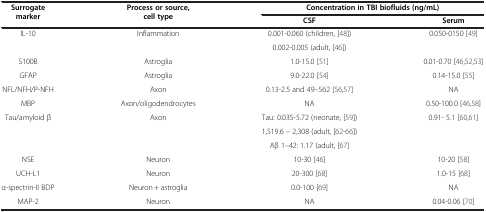
<table><thead><tr><td rowspan="2"><b>Surrogate marker</b></td><td rowspan="2"><b>Process or source, cell type</b></td><td colspan="2"><b>Concentration in TBI biofluids (ng/mL)</b></td></tr><tr><td><b>CSF</b></td><td><b>Serum</b></td></tr></thead><tbody><tr><td>IL-10</td><td>Inflammation</td><td>0.001-0.060 (children,[48])</td><td>0.050-0150[49]</td></tr><tr><td colspan="2"> </td><td>0.002-0.005 (adult,[46])</td><td> </td></tr><tr><td>S100B</td><td>Astroglia</td><td>1.0-15.0[51]</td><td>0.01-0.70[46,52,53]</td></tr><tr><td>GFAP</td><td>Astroglia</td><td>9.0-22.0[54]</td><td>0.14-15.0[55]</td></tr><tr><td>NFL/NFH/P-NFH</td><td>Axon</td><td>0.13-2.5 and 49–562[56,57]</td><td>NA</td></tr><tr><td>MBP</td><td>Axon/oligodendrocytes</td><td>NA</td><td>0.50-100.0[46,58]</td></tr><tr><td>Tau/amyloid β</td><td>Axon</td><td>Tau: 0.035-5.72 (neonate,[59])</td><td>0.91- 5.1[60,61]</td></tr><tr><td colspan="2"> </td><td>1,519.6 – 2,308 (adult,[62-66])</td><td> </td></tr><tr><td colspan="2"> </td><td>Aβ 1–42: 1.17 (adult,[67]</td><td> </td></tr><tr><td>NSE</td><td>Neuron</td><td>10-30[46]</td><td>10-20[58]</td></tr><tr><td>UCH-L1</td><td>Neuron</td><td>20-300[68]</td><td>1.0-15[68]</td></tr><tr><td>α-spectrin-II BDP</td><td>Neuron + astroglia</td><td>0.0-100[69]</td><td>NA</td></tr><tr><td>MAP-2</td><td>Neuron</td><td>NA</td><td>0.04-0.06[70]</td></tr></tbody></table>